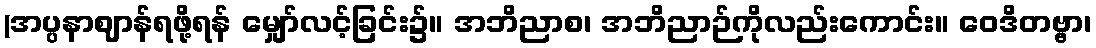
(အပ္ပနာဈာန်ရဖို့ရန် မျှော်လင့်ခြင်း၌။ အဘိညာစ၊ အဘိညာဉ်ကိုလည်းကောင်း။ ဝေဒိတဗ္ဗာ၊